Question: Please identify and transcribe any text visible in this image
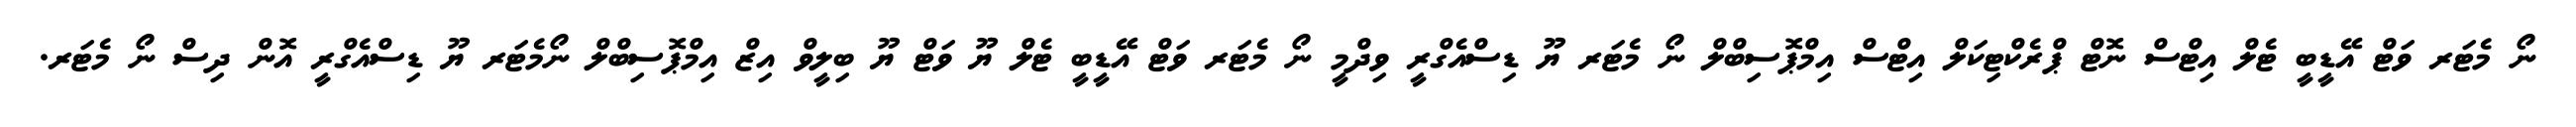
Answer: ނޯ މެޓަރ ވަޓް އޭޑީބީ ޓެލް އިޓްސް ނޮޓް ޕްރެކްޓިކަލް އިޓްސް އިމްޕޮސިބްލް ނޯ މެޓަރ ޔޫ ޑިސްއެގްރީ ވިދްމީ ނޯ މެޓަރ ވަޓް އޭޑީބީ ޓެލް ޔޫ ވަޓް ޔޫ ބިލީވް އިޒް އިމްޕޮސިބްލް ނޯމެޓަރ ޔޫ ޑިސްއެގްރީ އޮން ދިސް ނޯ މެޓަރ.